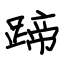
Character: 蹄